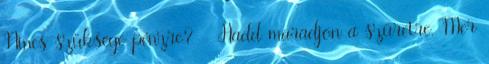
Nincs szüksége pénzre? - Hadd maradjon a szüretre. Mer